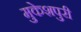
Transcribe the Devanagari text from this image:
मुकेशपुरी